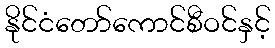
နိုင်ငံတော်ကောင်စီဝင်နှင့်